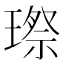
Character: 㻮